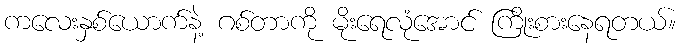
ကလေးနှစ်ယောက်နဲ့ ဂစ်တာကို မိုးရေလုံအောင် ကြိုးစားနေရတယ်။